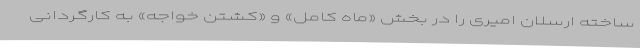
ساخته ارسلان امیری را در بخش «ماه کامل» و «کشتن خواجه» به کارگردانی